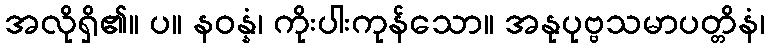
အလိုရှိ၏။ ပ။ နဝန္နံ၊ ကိုးပါးကုန်သော။ အနုပုဗ္ဗသမာပတ္တိနံ၊